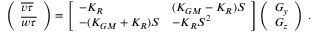
\begin{array} { r } { \left( \begin{array} { l } { \overline { { v \tau } } } \\ { \overline { { w \tau } } } \end{array} \right) = \left[ \begin{array} { l l } { - K _ { R } } & { ( K _ { G M } - K _ { R } ) { \cal S } } \\ { - ( K _ { G M } + K _ { R } ) { \cal S } } & { - K _ { R } { \cal S } ^ { 2 } } \end{array} \right] \left( \begin{array} { l } { G _ { y } } \\ { G _ { z } } \end{array} \right) \, . } \end{array}